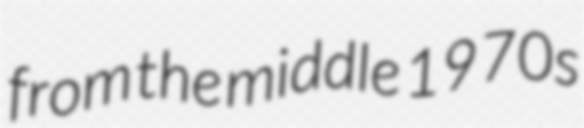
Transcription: from the middle 1970s